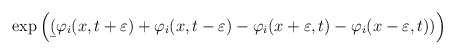
\begin{align*}\exp\left(\b(\varphi_i(x,t+\varepsilon)+\varphi_i(x,t-\varepsilon)-\varphi_i(x+\varepsilon,t)-\varphi_i(x-\varepsilon,t))\right)\end{align*}